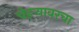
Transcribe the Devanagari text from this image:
चेहऱ्यावरचा